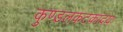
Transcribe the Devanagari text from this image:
कुण्डलकटकादयः